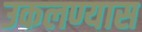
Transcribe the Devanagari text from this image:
उकलण्यास